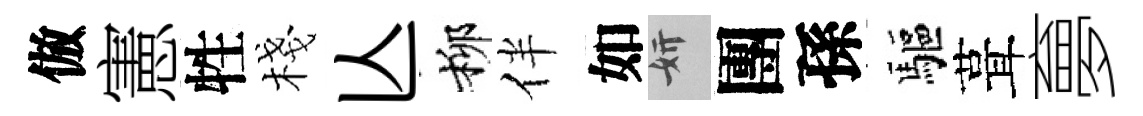
倣憲牲棧亾柳伴如妍團孫驅葺夣